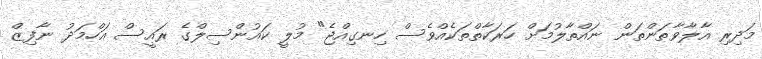
މަދިރި އާލާވާތަންތަން ނައްތާލުމަށް ހަރަކާތްތަކެއްވެސް ހިނގިއްޖެ" މުލީ ކައުންސިލްގެ ރައީސް އަހްމަދު ނާފިޒް